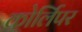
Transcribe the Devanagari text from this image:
कोर्लिपर